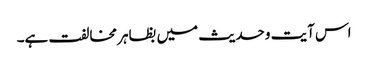
اس آیت وحدیث میں بظاہر مخالفت ہے۔